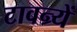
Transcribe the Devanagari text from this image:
टावन्र्यें